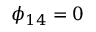
\phi _ { 1 4 } = 0